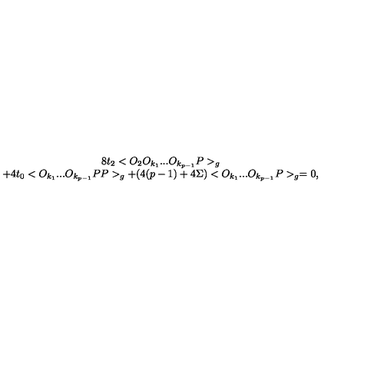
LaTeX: \begin{array} { c } { 8 t _ { 2 } < O _ { 2 } O _ { k _ { 1 } } . . . O _ { k _ { p - 1 } } P > _ { g } } \\ { + 4 t _ { 0 } < O _ { k _ { 1 } } . . . O _ { k _ { p - 1 } } P P > _ { g } + ( 4 ( p - 1 ) + 4 \Sigma ) < O _ { k _ { 1 } } . . . O _ { k _ { p - 1 } } P > _ { g } = 0 , } \\ \end{array}